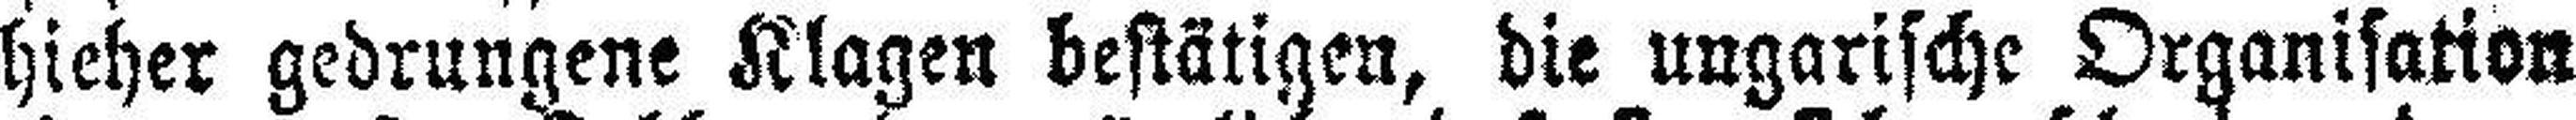
hieher gedrungene Klagen bestätigen, die ungarische Organisation